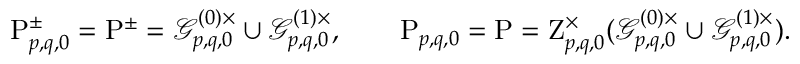
\begin{array} { r } { \mathrm { P } _ { p , q , 0 } ^ { \pm } = \mathrm { P } ^ { \pm } = \mathcal { G } _ { p , q , 0 } ^ { ( 0 ) \times } \cup \mathcal { G } _ { p , q , 0 } ^ { ( 1 ) \times } , \qquad \mathrm { P } _ { p , q , 0 } = \mathrm { P } = \mathrm { Z } _ { p , q , 0 } ^ { \times } ( \mathcal { G } _ { p , q , 0 } ^ { ( 0 ) \times } \cup \mathcal { G } _ { p , q , 0 } ^ { ( 1 ) \times } ) . } \end{array}